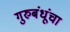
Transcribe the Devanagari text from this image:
गुरुबंधूंचा